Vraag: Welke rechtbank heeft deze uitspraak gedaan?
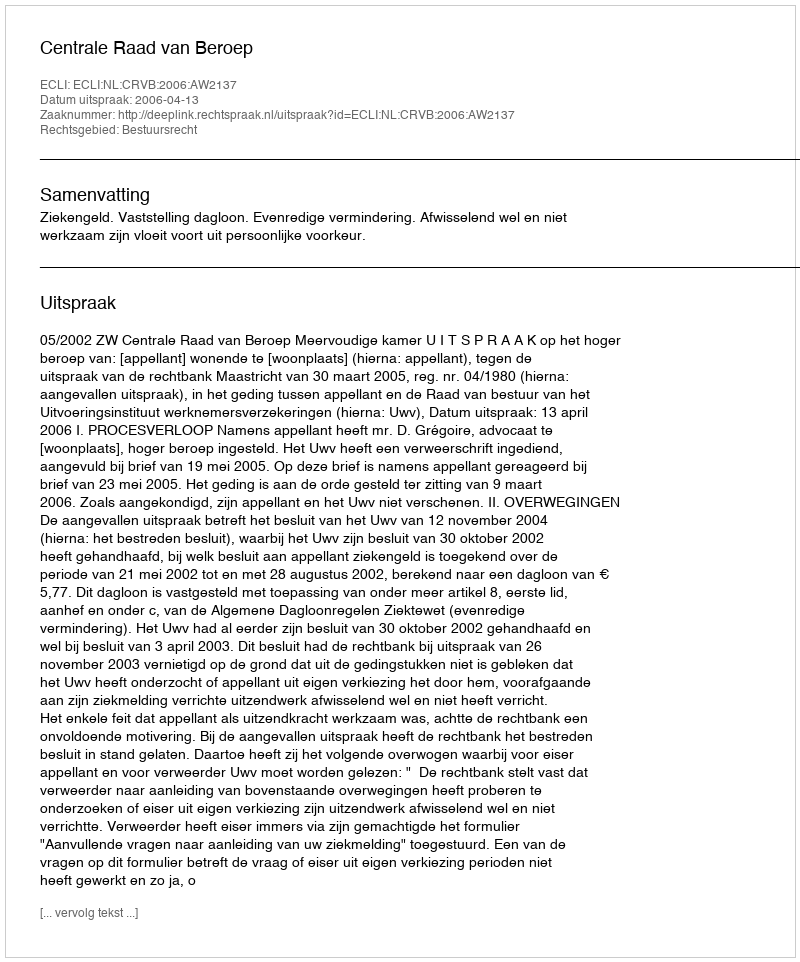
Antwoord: Centrale Raad van Beroep